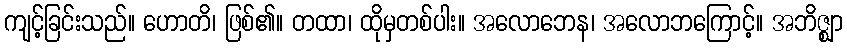
ကျင့်ခြင်းသည်။ ဟောတိ၊ ဖြစ်၏။ တထာ၊ ထိုမှတစ်ပါး။ အလောဘေန၊ အလောဘကြောင့်။ အဘိဇ္ဈာ